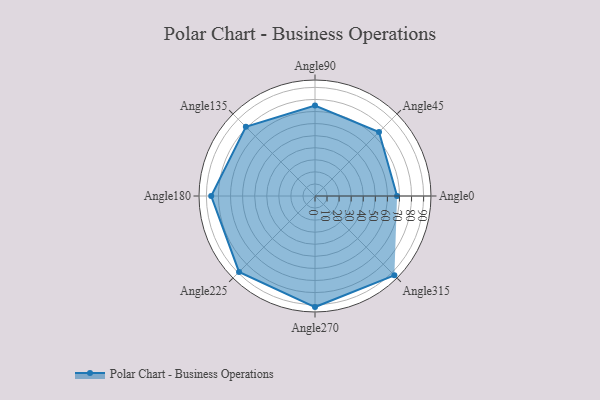
{"axis": {"x": "Angle", "y": "Radius"}, "legend": [""], "data": [{"x": "Angle0", "y": 68.0, "type": ""}, {"x": "Angle45", "y": 75.0, "type": ""}, {"x": "Angle90", "y": 75.0, "type": ""}, {"x": "Angle135", "y": 81.0, "type": ""}, {"x": "Angle180", "y": 86.0, "type": ""}, {"x": "Angle225", "y": 89.0, "type": ""}, {"x": "Angle270", "y": 92.0, "type": ""}, {"x": "Angle315", "y": 93.0, "type": ""}]}